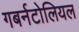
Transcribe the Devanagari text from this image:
गबर्नटोलियल